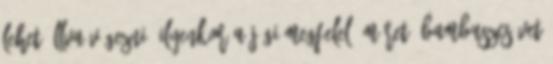
Lehet állva végezni, ilyenkor a jógi megfelelő méretű bambuszcsövet